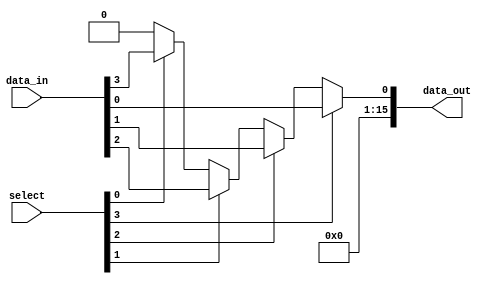
module demux4to16(
    input [3:0] select,
    input [15:0] data_in,
    output [15:0] data_out
);

assign data_out = (select[3]) ? data_in[0] : 
                 (select[2]) ? data_in[1] :
                 (select[1]) ? data_in[2] :
                 (select[0]) ? data_in[3] :
                 16'b0;

endmodule